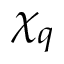
\chi _ { q }